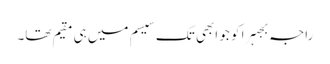
راجہ بجہرا کو جو ابھی تک سیسم میں ہی مقیم تھا۔